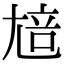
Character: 𡯳